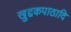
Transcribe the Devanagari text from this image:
खुद्दकपाठादि